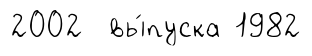
2002 вы́пуска 1982